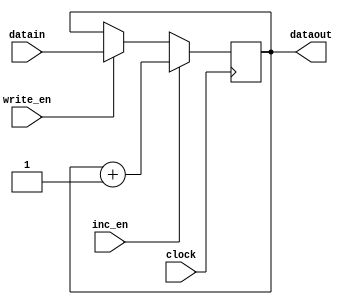
//General purpose register with increment

module regrinc(input clock,
					input write_en,
					input [15:0] datain, 
					output reg [15:0] dataout = 16'd0, 
					input inc_en); 
					

always @(posedge clock) 
begin 
if (write_en == 1) 
		dataout <= datain; 
		if (inc_en == 1) 
				dataout <= dataout + 16'd1; 
end 

endmodule